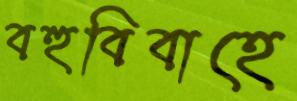
বহুবিবাহে